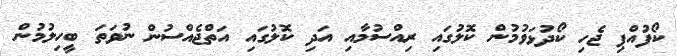
ކޯފުއްޕި ޖެހި ކޯދުޅަވުމުން ކޮލުގައި ރިއްސުމާއި އަދި ކޮލުގައި އަތްޖެއްސުން ނުވަތަ ބީހިލުމުން